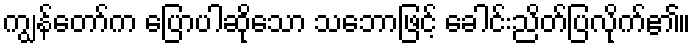
ကျွန်တော်က ပြောပါဆိုသော သဘောဖြင့် ခေါင်းညိတ်ပြလိုက်၏။